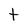
Character: t